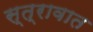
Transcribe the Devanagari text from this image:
स्त्रावात